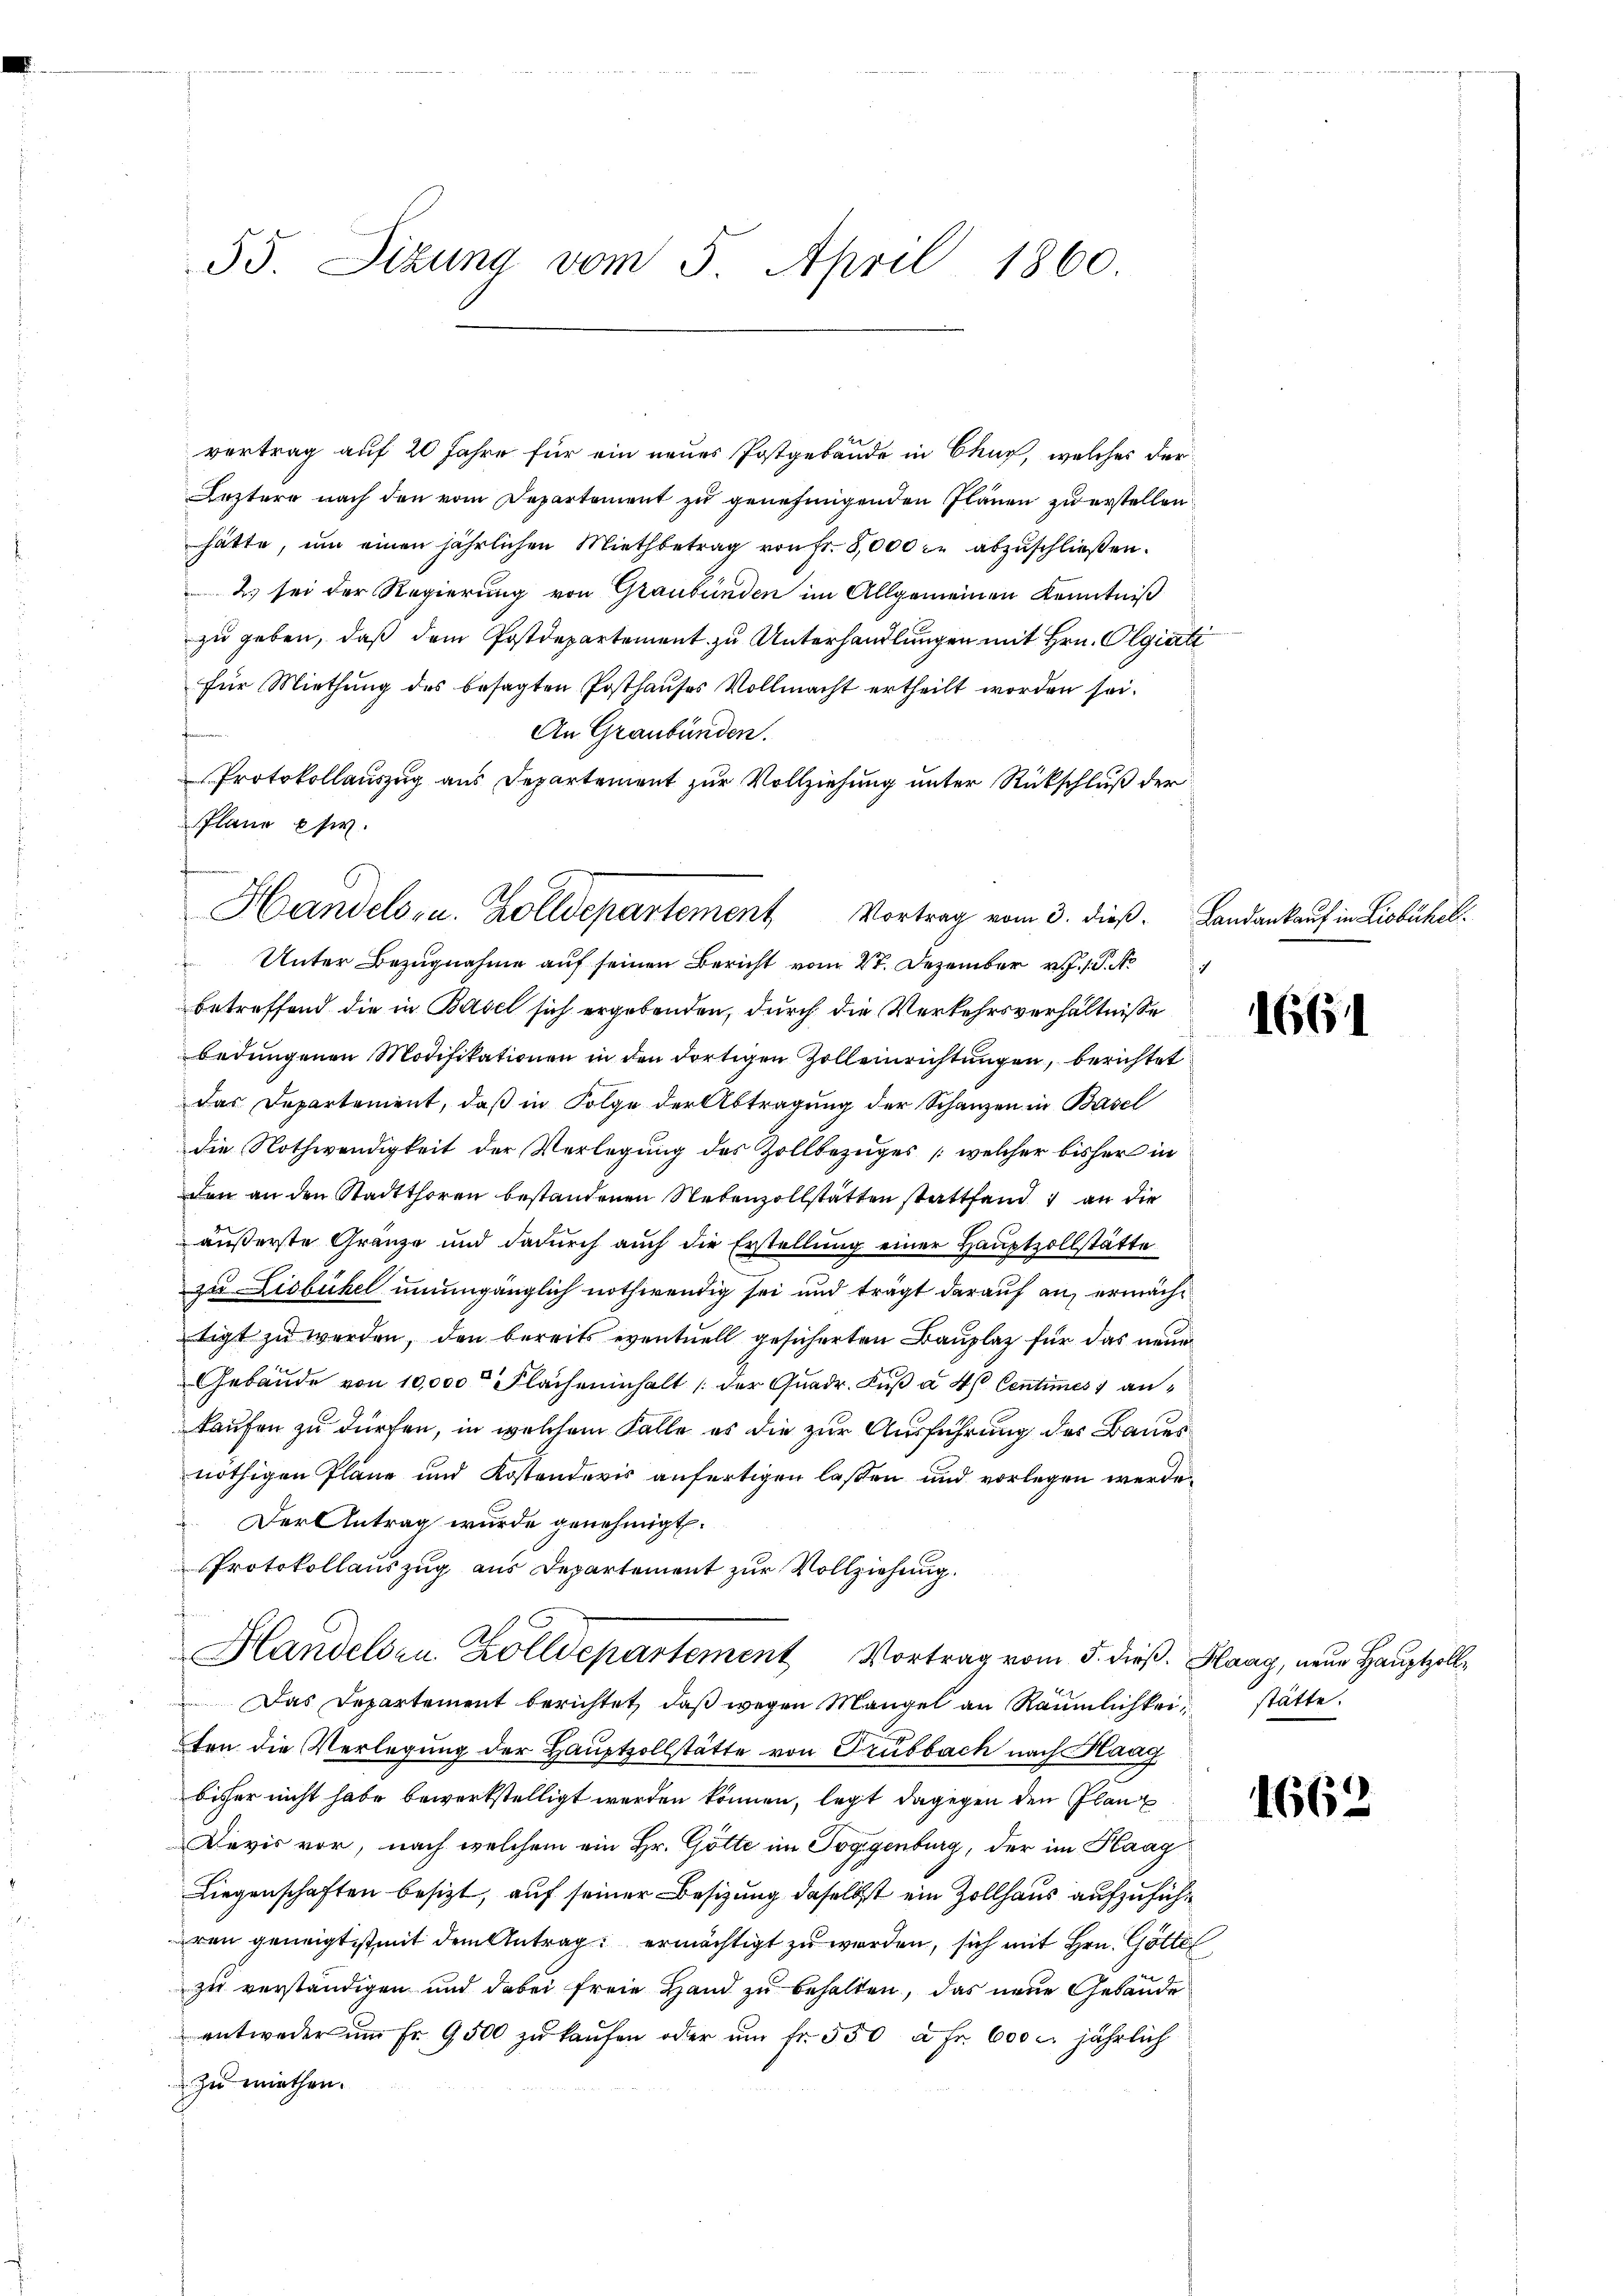
55. Sizung vom 5. April 1860.

vertrag auf 20 Jahre für ein neues Postgebäude in Chur, welches der
Leztere nach den vom Departement zu genehmigenden Plänen zu erstellen
hätte, um einen jährlichen Miethbetrag von Fr. 8,000 in abzuschließen.
2. sei der Regierung von Graubünden im Allgemeinen Kenntniß
zu geben, daß dem Postdepartement zu Unterhandlungen mit Hrn. Olgiati
für Miethŭng des besagten Posthaŭses Vollmacht ertheilt worden sei.
An Graubünden.
Protokollauszug aus Departement zur Vollziehung unter Rückschluß der
Unter Bezugnahme auf seinen Bericht vom 27. Dezember 1. No
betreffend die in Basel sich ergebenden, durch die Verkehrsverhältnisse
bedungenen Modifikationen in den dortigen Zolleinrichtungen, berichtet
das Departement, daß in Folge der Abtragung der Schanzen in Basel
die Nothwendigkeit der Verlegung des Zollbezuges (welcher bisher in
den an den Stadtthoren bestandenen Nebenzollstatten stattfand an die
äußerste Gränze und dadurch auch die Erstellung einer Hauptzollstätte
zu Lisbühel unumgänglich nothwendig sei und trägt darauf an, ermächtigt zu werden, den bereits eventuell gesicherten Bauplatz für das neue
Gebäude von 10,000 Flacheninhalt der Quadr. Fuß à 4. Centimes an¬
Kaufen zu dürfen, in welchem Falle es die zur Ausführung des Baues
nöthigen Pläne und Kostendevis anfertigen laßen und vorlegen werde.
Der Antrag wurde genehmigt.
Protokollauszug aus Departement zur Vollziehung.
Handelsen Zolldepartement Vortrag vom 5. dieß. Haag, neue Hauptzoll¬
Das Departement berichtet, daß wegen Mangel an Räumlichkeit stätte
ten die Verlegung der Hauptzollstätte von Drubbach nach Haag
bisher nicht habe bewerkstelligt werden können, legt dagegen den Glanz
Devis vor, nach welchem ein Hr. Gotte im Toggenburg, der im Plaag
Liegenschaften besizt, auf seiner Besizung daselbst ein Zollhaus aufzuführen geneigt ist mit dem Antrag ermächtigt zu werden, sich mit Hrn. Götte
zu verständigen und dabei freie Hand zu behalten, das neue Gebäude
entweder ŭm fr. 9500 zŭ kaŭfen oder ŭm fr. 550 à Fr. 600 l. jährlich
zu miethen.

Plane etw
Handels- u. Zolldepartement Vortrag vom 3. dieß. Landankauf in Lisbühel¬

1664

1662